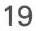
19